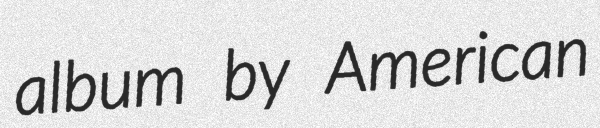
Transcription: album by American